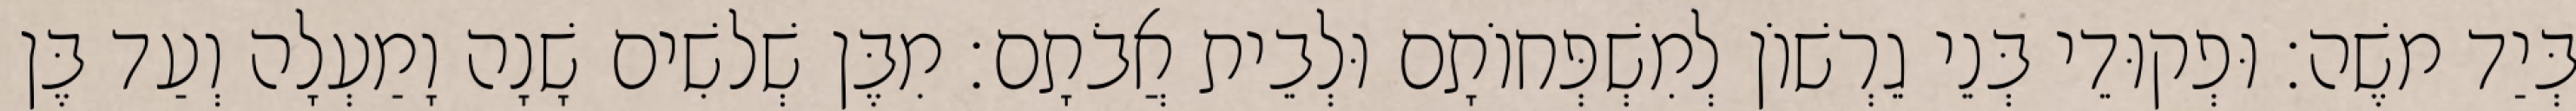
בְּיַד משֶׁה׃ וּפְקוּדֵי בְּנֵי גֵרְשׁוֹן לְמִשְׁפְּחוֹתָם וּלְבֵית אֲבֹתָם׃ מִבֶּן שְׁלשִׁים שָׁנָה וָמַעְלָה וְעַד בֶּן